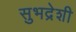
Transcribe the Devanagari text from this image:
सुभद्रेशी